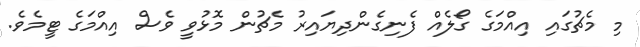
މި މެޗުގައި އިއްމަގެ ގޯލެއް ފެނިގެންދިޔައިރު މެޗުން މޮޅުވީ ވެސް އިއްމަގެ ޓީމެވެ.